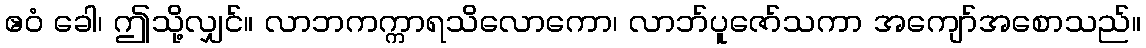
ဧဝံ ခေါ၊ ဤသို့လျှင်။ လာဘကက္ကာရသိလောကော၊ လာဘ်ပူဇော်သကာ အကျော်အစောသည်။